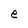
Character: e